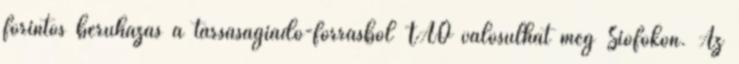
forintos beruházás a társaságiadó-forrásból TAO valósulhat meg Siófokon. Az